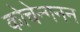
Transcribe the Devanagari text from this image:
कोचेन्गनन